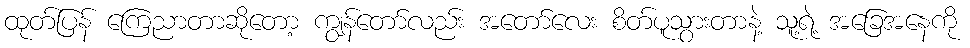
ထုတ်ပြန် ကြေညာတာဆိုတော့ ကျွန်တော်လည်း အတော်လေး စိတ်ပူသွားတာနဲ့ သူ့ရဲ့ အခြေအနေကို